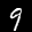
Label: 9